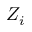
Z _ { i }